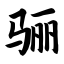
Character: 骊